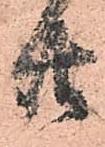
廿